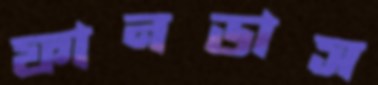
ফানডাস